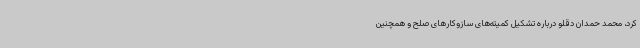
کرد، محمد حمدان دقلو درباره تشکیل کمیته‌های سازوکارهای صلح و همچنین